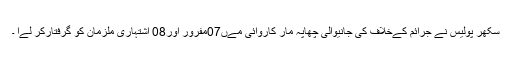
سکھر پولیس نے جرائم کےخلاف کی جانیوالی چھاپہ مار کاروائی مےں07مفرور اور08 اشتہاری ملزمان کو گرفتارکر لےا ۔